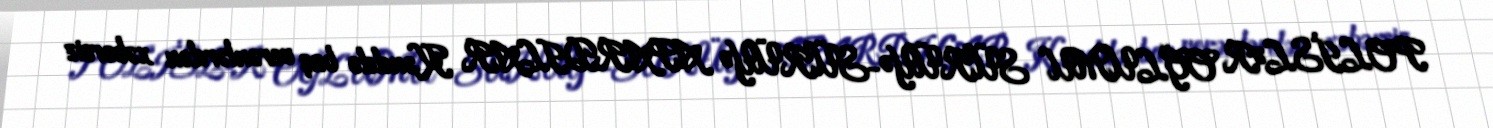
POLİSLƏR OĞLUMU SÜRÜYƏ-SÜRÜYƏ APARDILAR Kənddə baş verənlərdən xəbərsiz